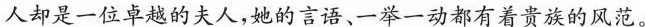
人却是一位卓越的夫人，她的言语、一举一动都有着贵族的风范。